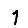
Digit: 1